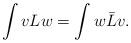
LaTeX: \begin{align*}\int vLw = \int w\bar L v.\end{align*}